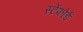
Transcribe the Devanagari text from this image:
स्टेंफोर्ड